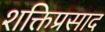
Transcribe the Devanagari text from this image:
शक्तिप्रसाद